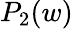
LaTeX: P_{2}(w)